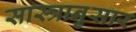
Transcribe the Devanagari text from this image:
सास्त्रानुसार